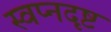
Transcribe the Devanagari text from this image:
स्वप्नदृष्ट